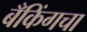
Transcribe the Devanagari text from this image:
बँकिंगचा